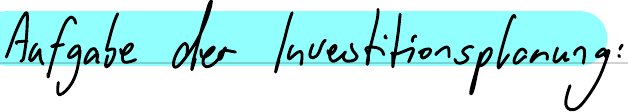
Aufgabe der Investitionsplanung: